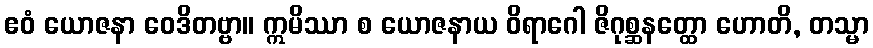
ဧဝံ ယောဇနာ ဝေဒိတဗ္ဗာ။ ဣမိဿာ စ ယောဇနာယ ဝိရာဂေါ ဇိဂုစ္ဆနတ္ထော ဟောတိ, တသ္မာ